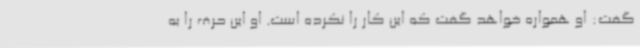
گفت: او همواره خواهد گفت که این کار را نکرده است. او این حرف را به